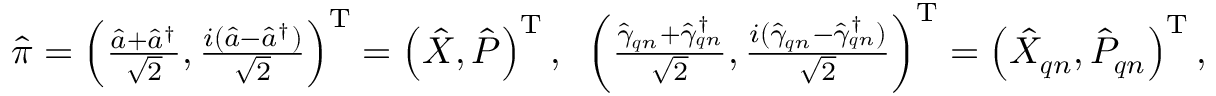
\begin{array} { r } { \hat { \boldsymbol { \pi } } = \left( \frac { \hat { a } + \hat { a } ^ { \dagger } } { \sqrt { 2 } } , \frac { i ( \hat { a } - \hat { a } ^ { \dagger } ) } { \sqrt { 2 } } \right) ^ { \mathrm { T } } = \left( \hat { X } , \hat { P } \right) ^ { \mathrm { T } } , \; \; \left( \frac { \hat { \gamma } _ { \boldsymbol { q } n } + \hat { \gamma } _ { \boldsymbol { q } n } ^ { \dagger } } { \sqrt { 2 } } , \frac { i ( \hat { \gamma } _ { \boldsymbol { q } n } - \hat { \gamma } _ { \boldsymbol { q } n } ^ { \dagger } ) } { \sqrt { 2 } } \right) ^ { \mathrm { T } } = \left( \hat { X } _ { \boldsymbol { q } n } , \hat { P } _ { \boldsymbol { q } n } \right) ^ { \mathrm { T } } , } \end{array}